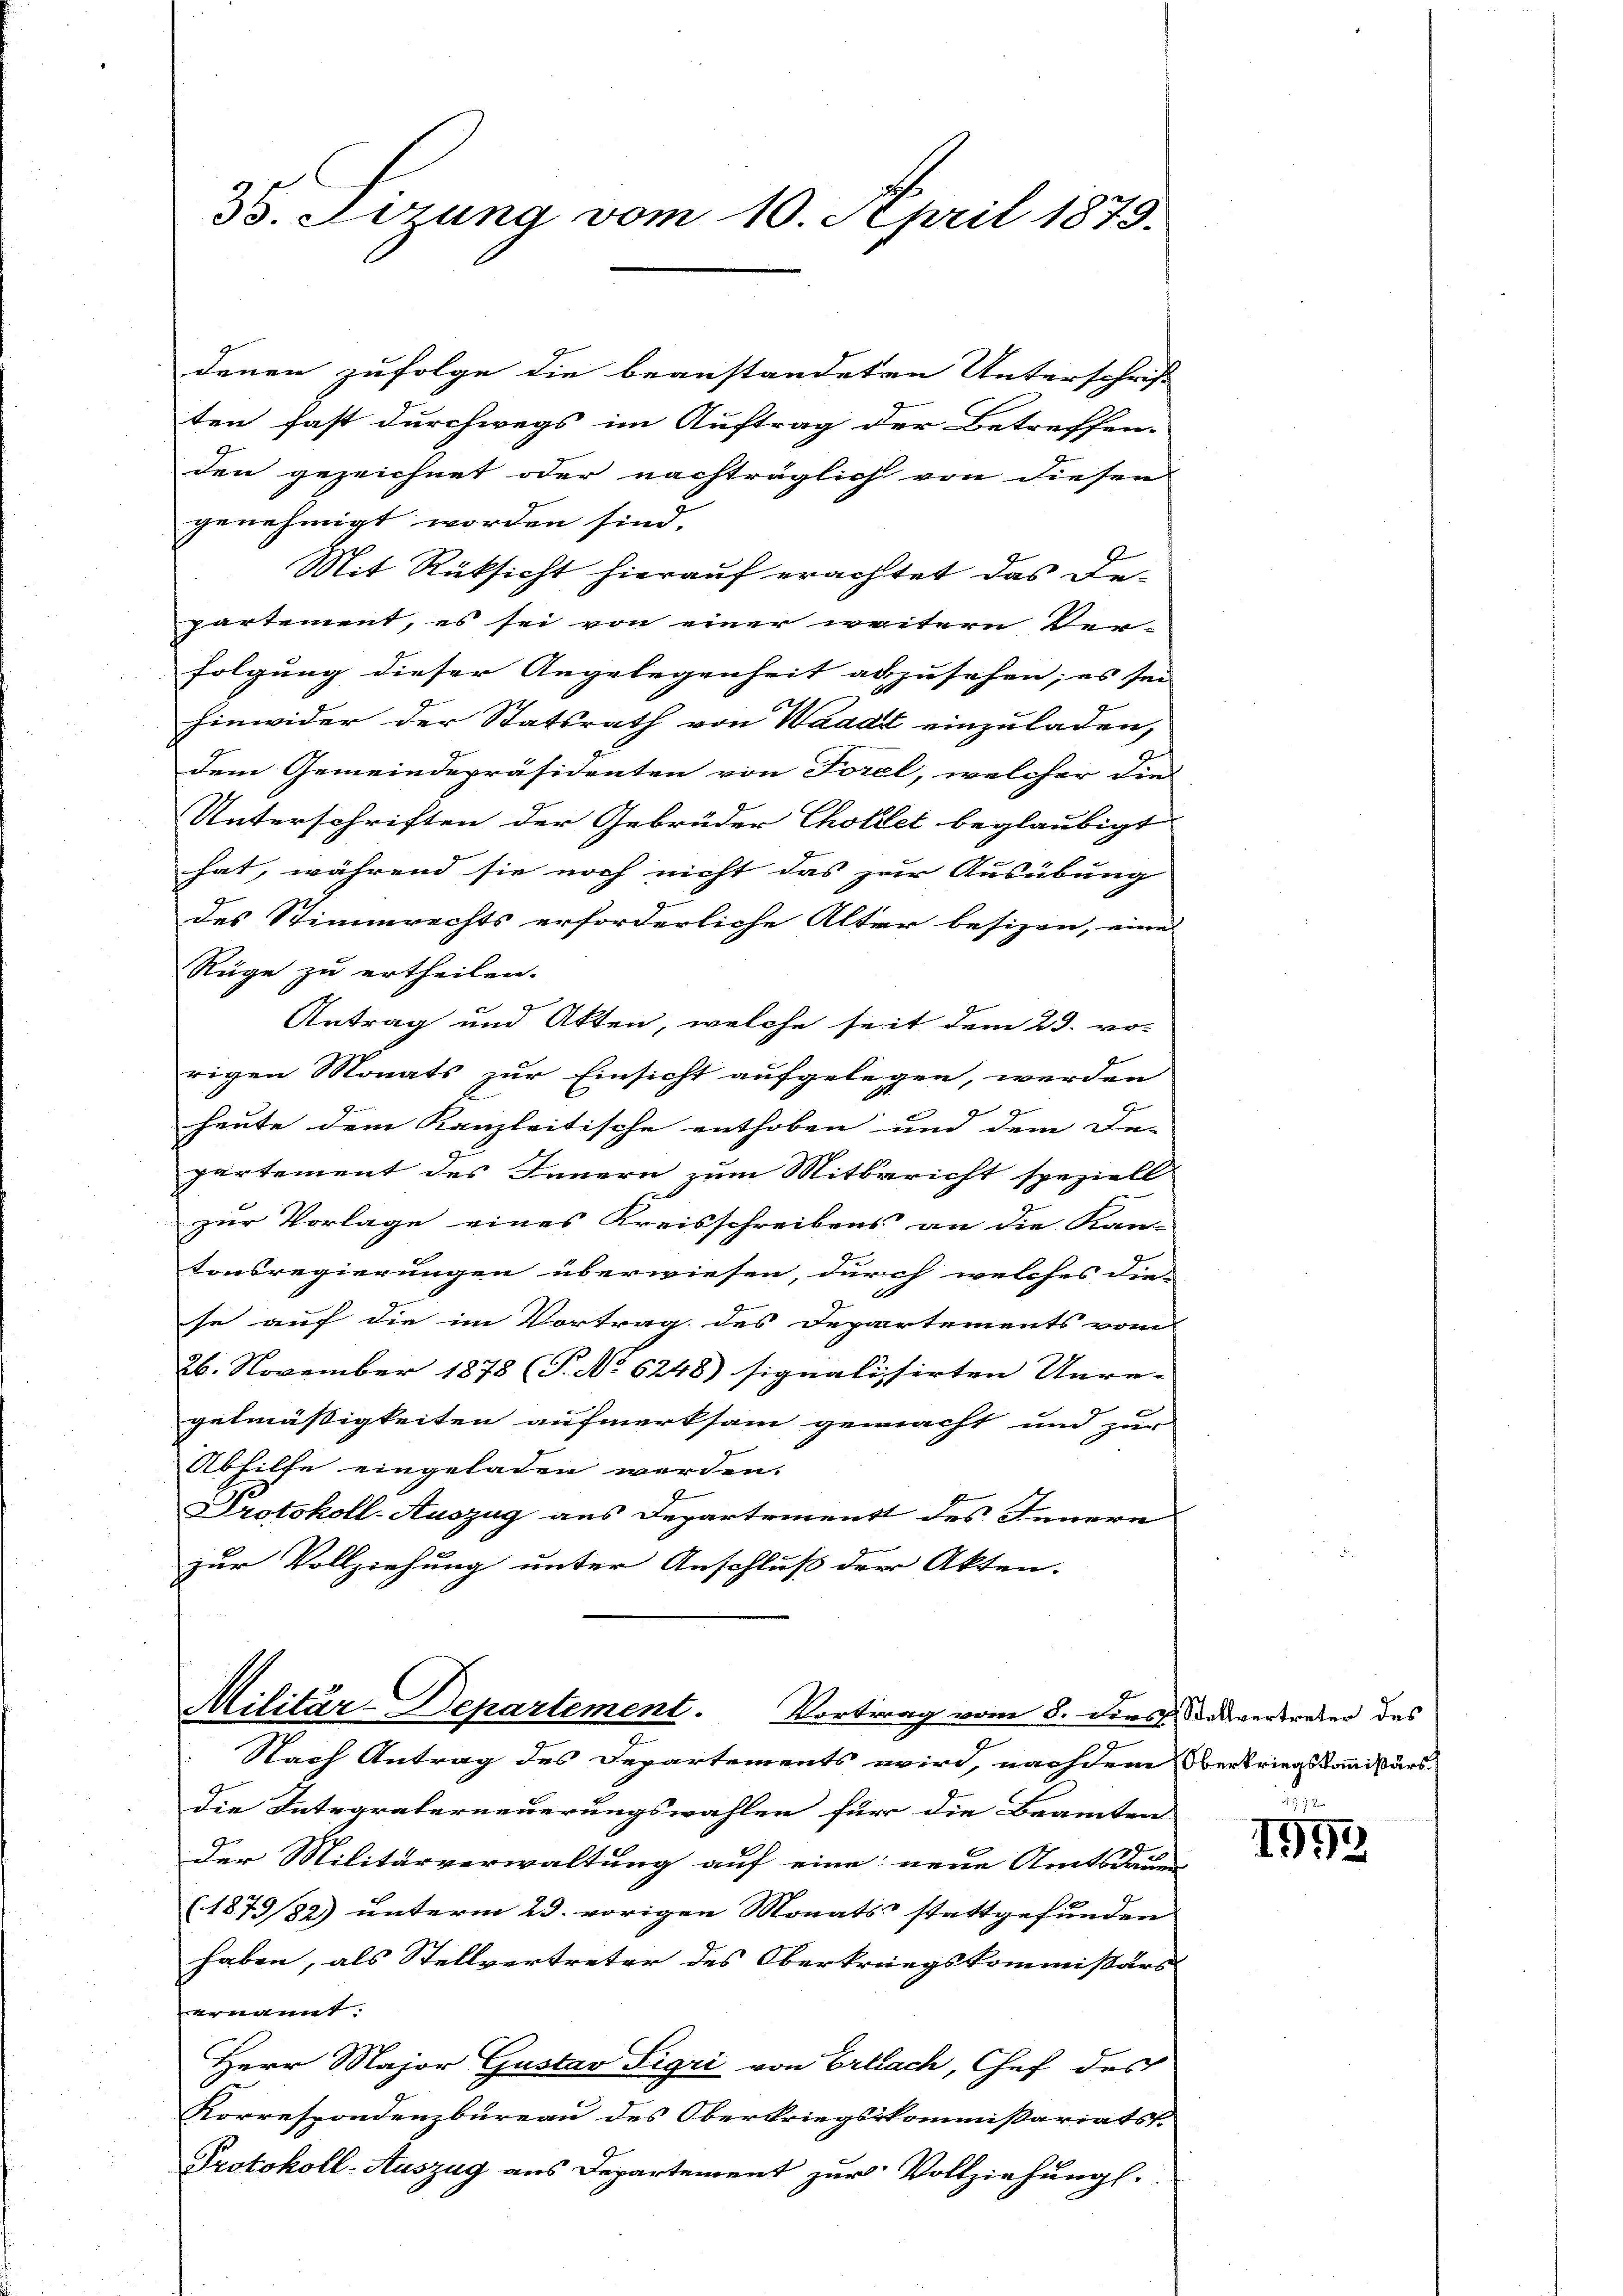
3. Sizung vom 10. April 1875.

denen zufolge die beanstandeten Unterschrift
ten fast durchwegs im Auftrag der Betreffen-
den gezeichnet oder nachträglich von diesen
genehmigt worden sind.
Mit Rüksicht hierauf erachtet das Departement, es sei von einer weitern Ver-
folgung dieser Angelegenheit abzusehen; es sei
hinwider der Statsrath von Waadt einzuladen,
dem Gemeindepräsidenten von Forel, welcher die
Unterschriften der Gebrüder Cholet beglaubigt
hat, während sie noch nicht das zur Ausübung
des Stimmrechts erforderliche Alter besizen, eine
Rüge zu ertheilen.
Antrag und Akten, welche seit dem 29. vo-
rigen Monats zur Einsicht aufgelegen, werden
E
heute dem Kanzleitische enthoben und dem De-
partement des Innern zum Mitbericht speziell
zur Vorlage eines Kreisschreibens an die Kan-
tonsregierungen überwiesen, durch welches die
se auf die im Vortrag des Departements vom
26. November 1878 (T. No 6248) signalisirten Unre-
gelmäßigkeiten aufmerksam gemacht und zur
Abhilfe eingeladen werden.
8
Protokoll-Auszug aus Departement des Innern
zur Vollziehung unter Anschluß der Akten.

J
Militär-Departement. Vortrag vom 3. Dies devertreter des

Nach Antrag des Departements wird, nachdem Betriegskommißärs-
die Integraterneuerungswahlen für die Beamten
d
der Militärverwaltung auf eine neue Amtsdaue
(1879/82) unterm 29. vorigen Monats stattgefunden
haben, als Stellvertreter des Obertrungskommissärs
ernannt.
Herr Major Gustav Sigri von Erlach, Chef des
Korrespondenzbureau des Oberkriegskommissariats-
Protokoll-Auszug aus Departement zur Vollziehung.

d
1992